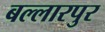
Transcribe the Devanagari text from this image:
बल्लारपुर